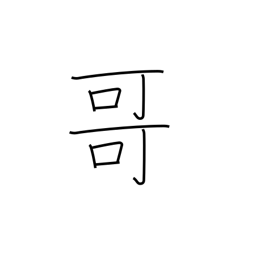
Meaning: big brother